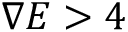
\nabla E > 4